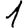
Digit: 1